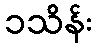
၁သိန်း